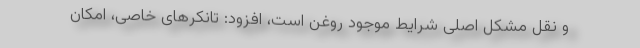
و نقل مشکل اصلی شرایط موجود روغن است، افزود: تانکرهای خاصی، امکان